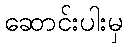
ဆောင်းပါးမှ